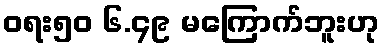
ဝရး၅၀ ၆.၄၉ မကြောက်ဘူးဟု